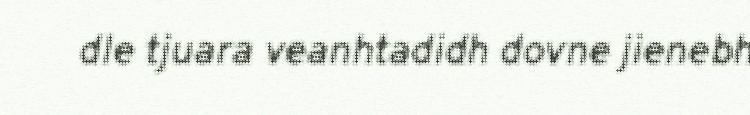
dle tjuara veanhtadidh dovne jienebh